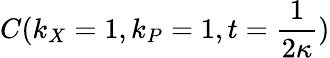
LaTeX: C(k_{X}=1,k_{P}=1,t=\frac{1}{2\kappa})